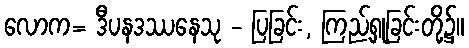
လောက= ဒီပနဒဿနေသု - ပြခြင်း, ကြည့်ရှုခြင်းတို့၌။